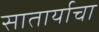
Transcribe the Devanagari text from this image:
सातार्याचा